Jarvakandi_vallavalitsus, lk 66
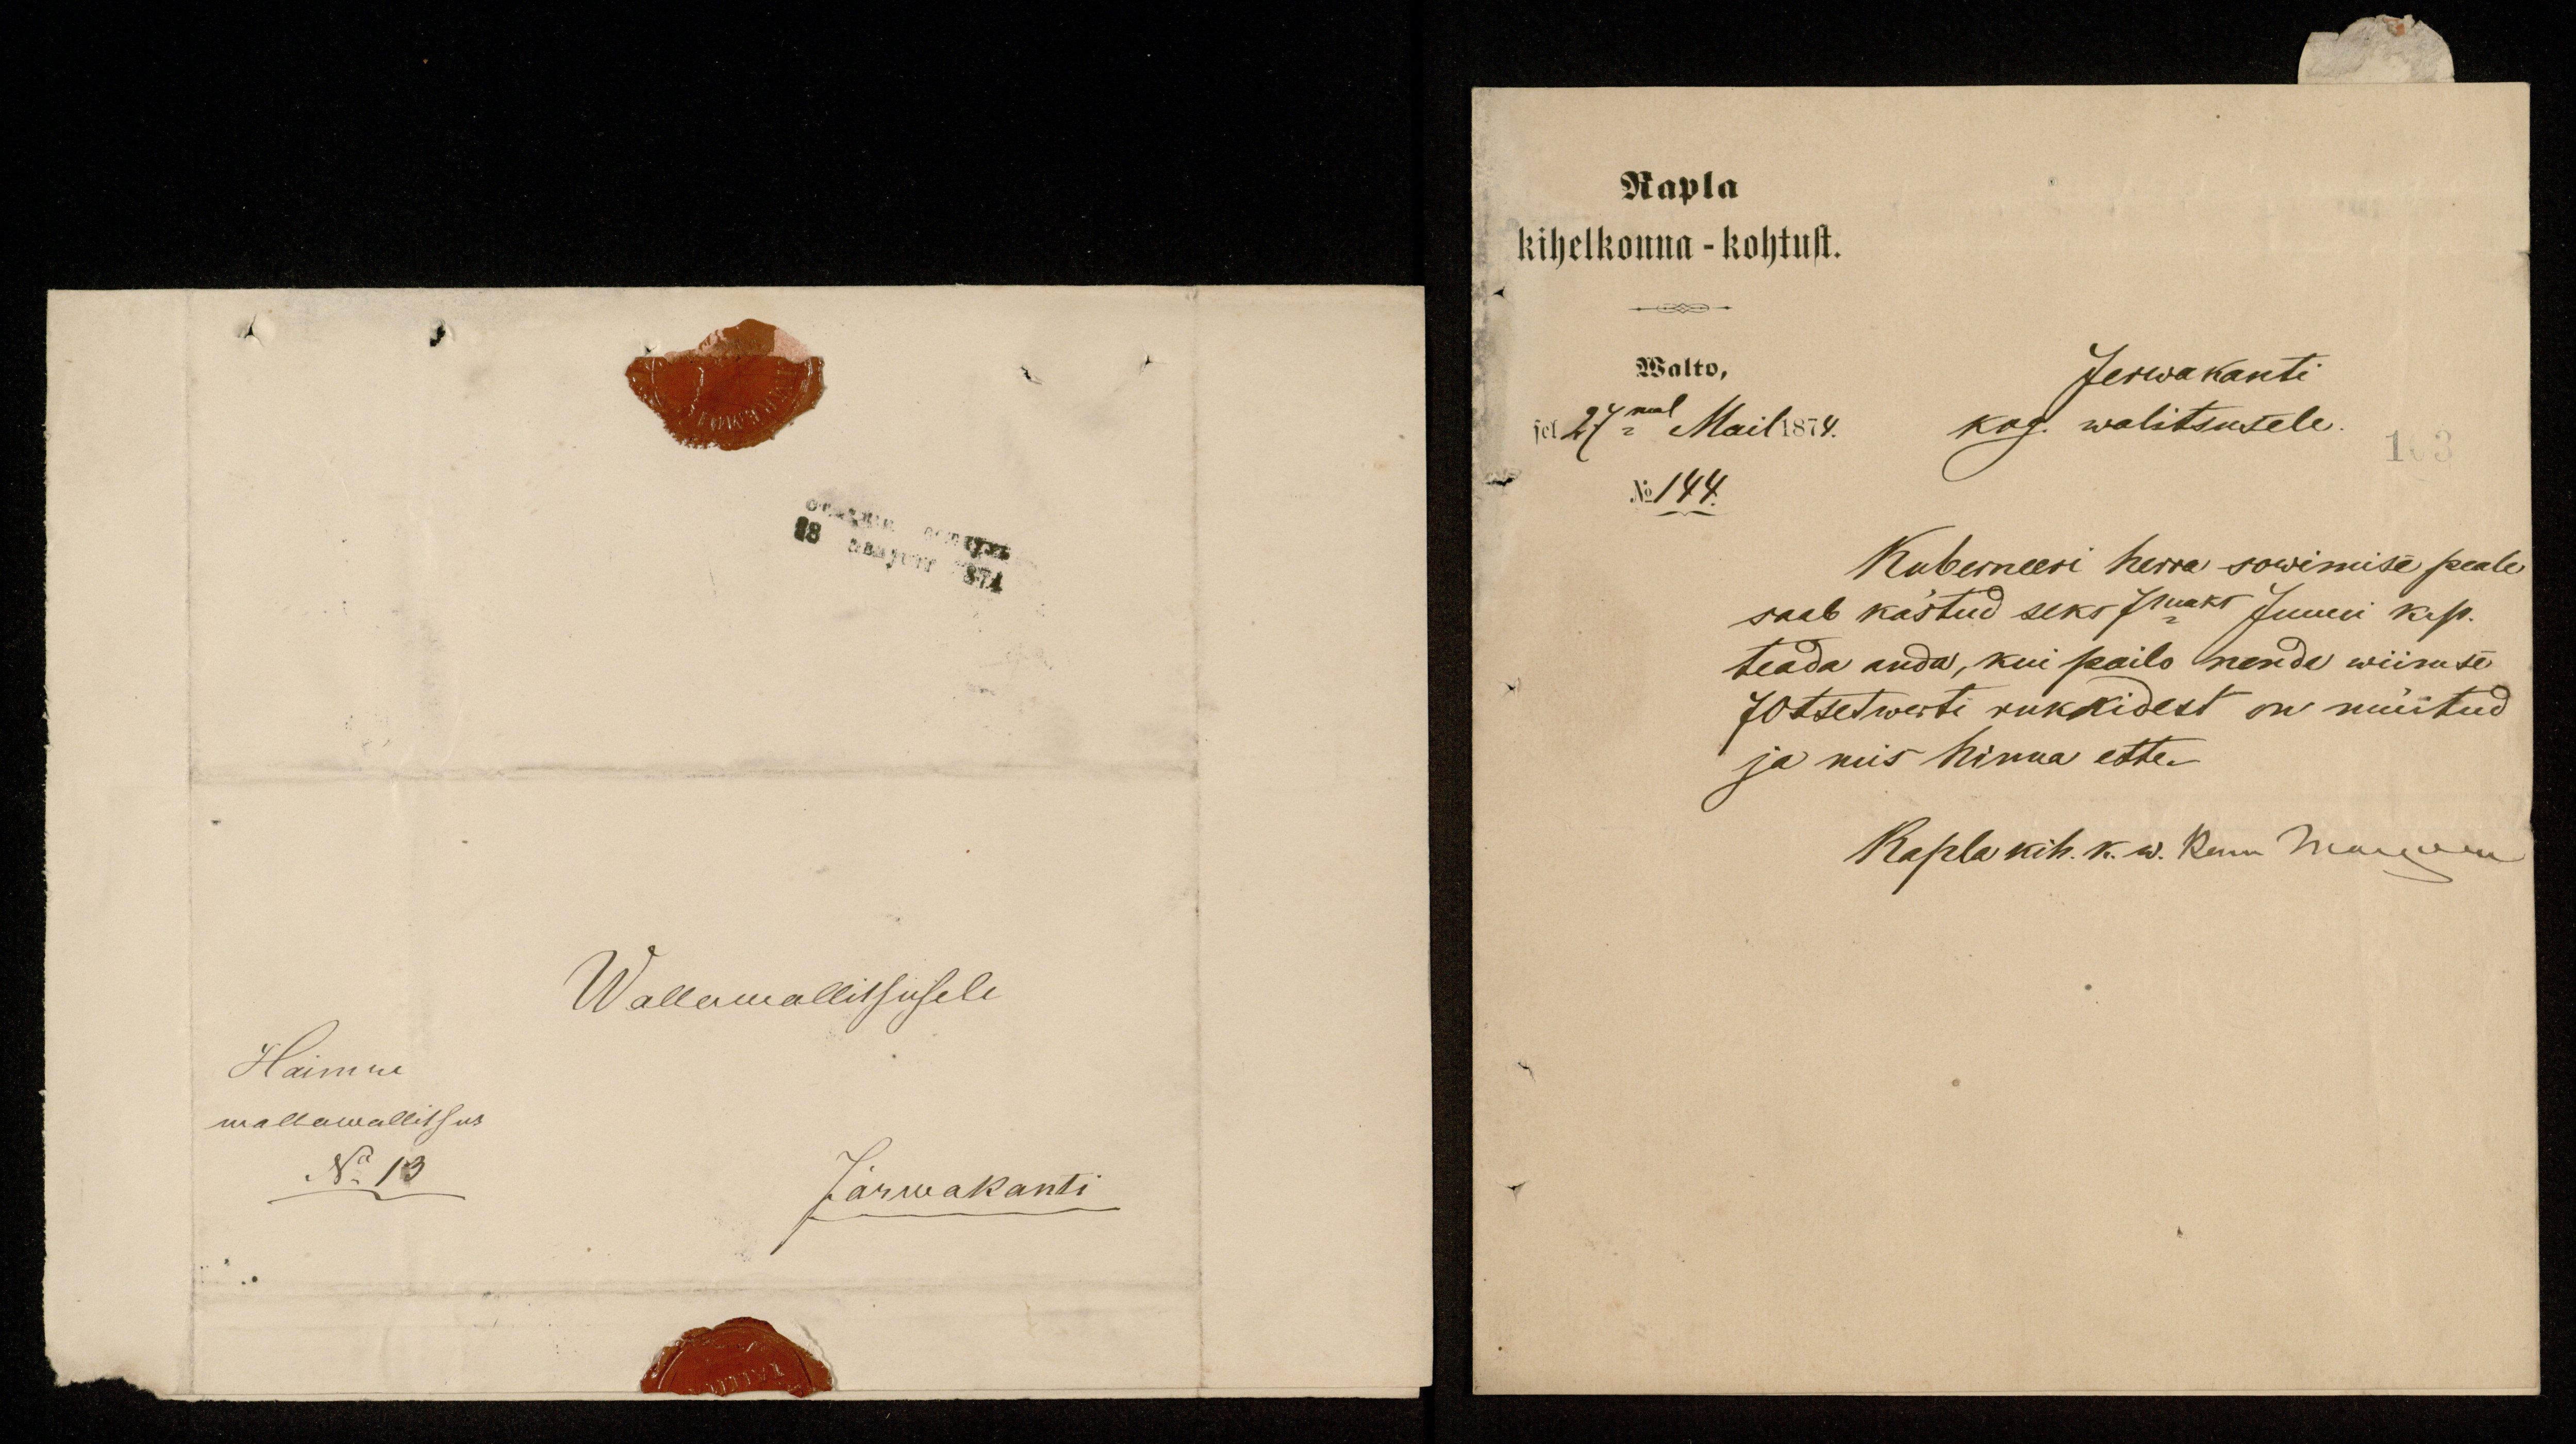
Wallawallitsusele
Haimne
wallawallitsus
No 13
Järwakanti

Rapla
kihelkonna - kohtust.
Walto,
Jerwakanti
sel 27mal Mail 1874.
kog. walitsusele.
No 144.
Kuberneeri herra sowimise peale
saab kästud seks 7maks Juuni kup.
teada anda, kui pailo nende wiimse
70 tsetwerti rukkidest on müütud
ja mis hinna ette.
Rapla kih. k. w. Kenn Maanem